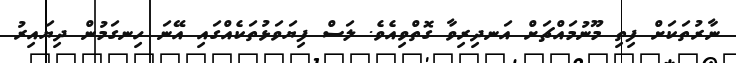
ނާރުތަކަށް ފިތި މޫނުމައްޗަށް އަނދިރިވާ ގޮތްވިއެވެ. ލަސް ފިޔަވަޅުތަކެއްގައި އޭނަ ހިނގަމުން ދިޔައިރު